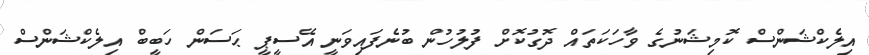
އިލެކްޝަންސް ކޮމިޝަނުގެ ވާހަކަތައް ދޮގުކޮށް ފުލުހުން ބުނެފައިވަނީ އޭސީޕީ ޙަސަން ހަބީބް އިލެކްޝަންސް